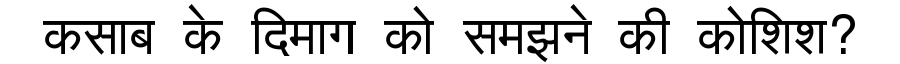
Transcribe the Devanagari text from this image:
कसाब के दिमाग को समझने की कोशिश?